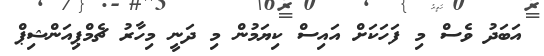
އަބަދު ވެސް މި ފަހަކަށް އައިސް ކިޔަމުން މި ދަނީ މިހާރު ޗެމްޕިއަންޝިޕް